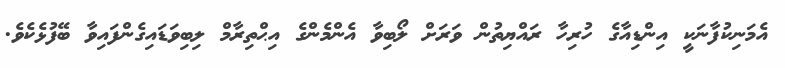
އެމަނިކުފާނަކީ އިންޑިއާގެ ހުރިހާ ރައްޔިތުން ވަރަށް ލޯބިވާ އެންމެންގެ އިޙްތިރާމް ލިބިވަޑައިގެންފައިވާ ބޭފުޅެކެވެ.